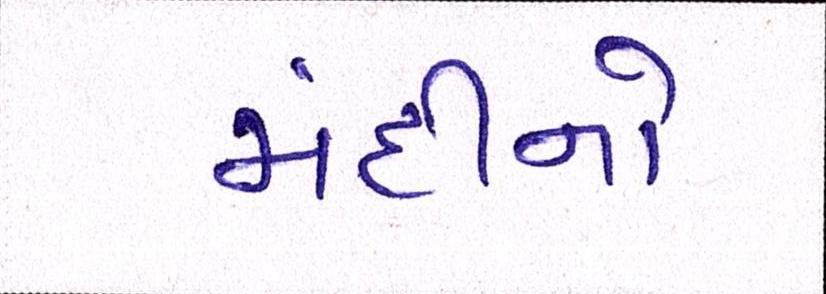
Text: મંદીનો